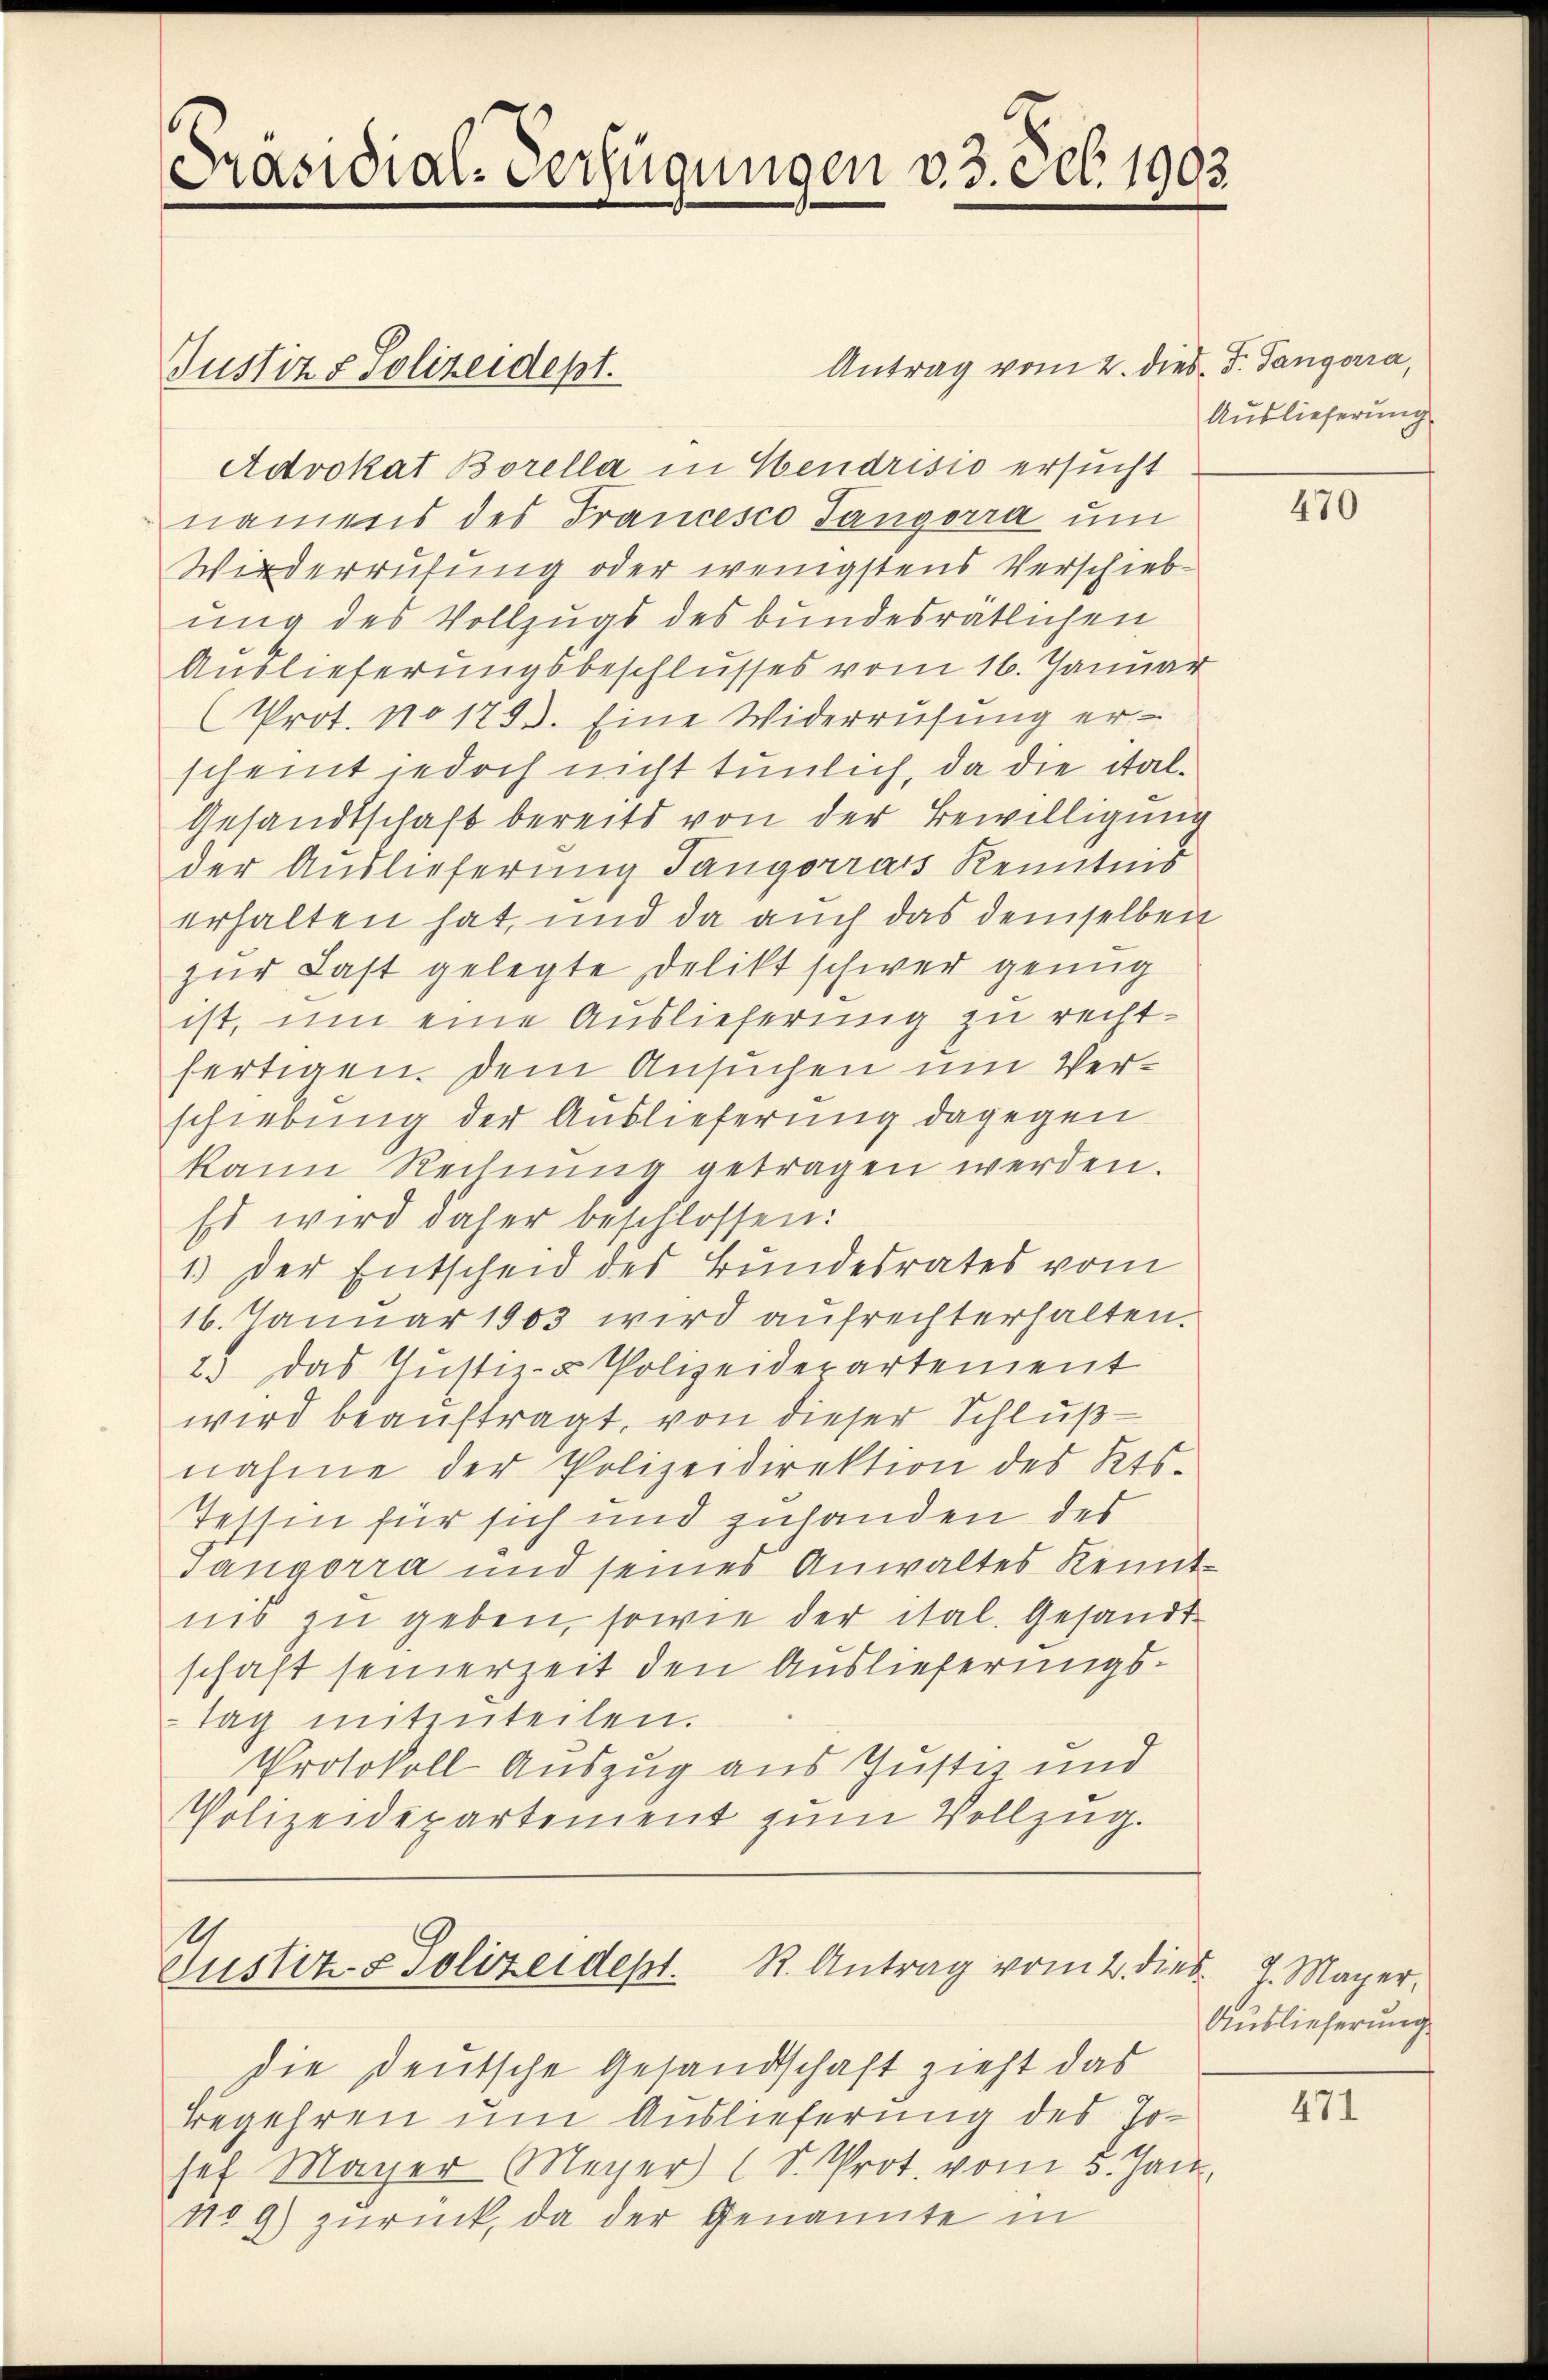
Präsidial-Verfügungen v. 3. ceb. 1903.

Antrag vom 2. dies. v. Sangoria,
Justiz & Polizeidept.
Advokat Borella in Hendrisio ersucht
namens des Francesco Tangorra um
Wiederrufung oder wenigstens Verschieb
ung des Vollzugs des bundesrätlichen
Auslieferungsbeschlusses vom 16. Januar
Prot. No 1793. Eine Widerrufung erscheint jedoch nicht tunlich, da die ital¬
Gesandtschaft bereits von der Bewilligung
der Auslieferung Tangorrats Kenntnis
erhalten hat, und da auch das demselben
zŭr Last gelegte Delikt schwer genug
ist, um eine Auslieferung zu rechtfertigen. Dem Ansuchen um Verschiebung der Auslieferung dagegen
kann Rechnŭng getragen werden.
Es wird daher beschlossen:
1) Der Entscheid des Bundesrates vom
16. Januar 1903 wird aufrechterhalten.
2.) Das Justiz- & Polizeiderartement
wird beauftragt, von dieser Schluß
nahme der Polizeidirektion des Kts.
Tessin für sich und zuhanden des
sangorra und seines Anwaltes Kenntnis zu geben, sowie der ital. Gesandt
schaft seinerzeit den Auslieferungstag mitenteilen.
Protokoll Auszug aus Justiz und
Polizeidepartement zum Vollzug.

Justiz- & Polizeidept. R. Antrag vom 2. dies

die deutsche Gesandschaft zieht das
Begehren um Auslieferung des Josef Mayer Meyer (S. Prot. vom 5. Jan.
N09) zurück, da der Genannte in

Auslieferung

470

J. Mayer,
Auslieferung

471